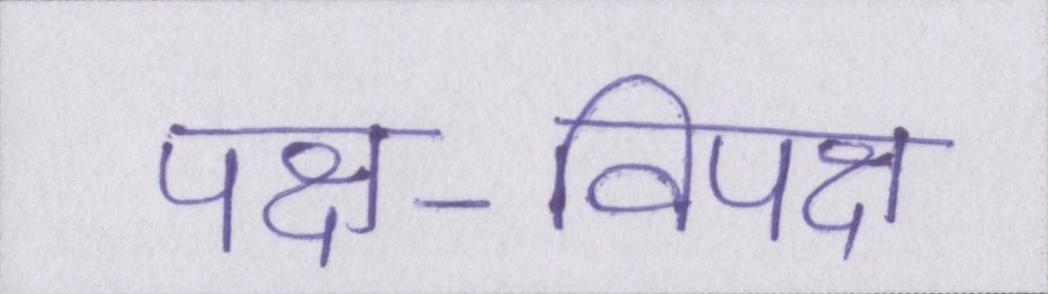
पक्ष-विपक्ष